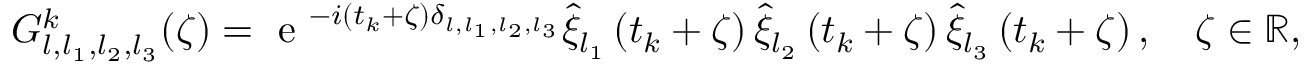
{ G } _ { l , l _ { 1 } , l _ { 2 } , l _ { 3 } } ^ { k } ( \zeta ) = \textrm { e } ^ { - i ( t _ { k } + \zeta ) \delta _ { l , l _ { 1 } , l _ { 2 } , l _ { 3 } } } \widehat { \xi } _ { l _ { 1 } } \left( t _ { k } + \zeta \right) \widehat { \xi } _ { l _ { 2 } } \left( t _ { k } + \zeta \right) \widehat { \xi } _ { l _ { 3 } } \left( t _ { k } + \zeta \right) , \quad \zeta \in \mathbb { R } ,